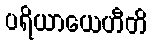
ပရိယာယေဟီတိ